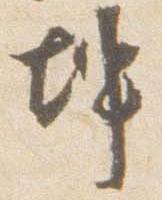
坤